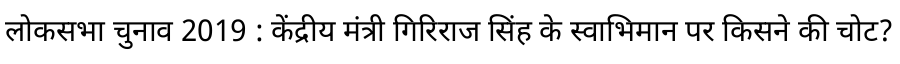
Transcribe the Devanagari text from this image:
लोकसभा चुनाव 2019 : केंद्रीय मंत्री गिरिराज सिंह के स्वाभिमान पर किसने की चोट?